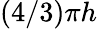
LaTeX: (4/3)\pi h